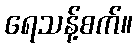
ရေသန့်စက်။